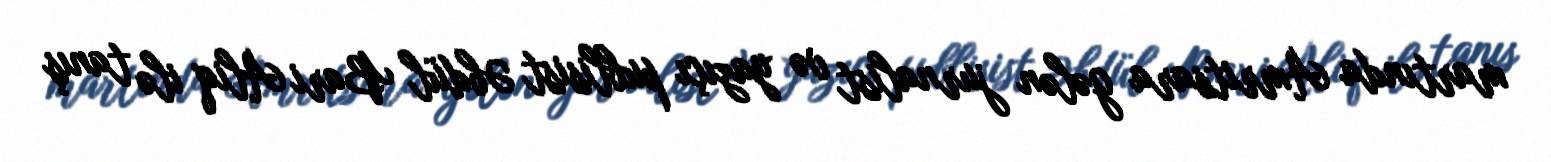
martında Amritsara gələn jurnalist və yazıçı publisist Əbdül Bari Aliq ilə tanış